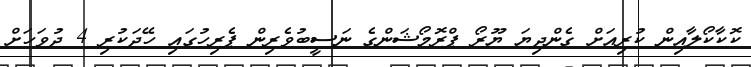
ކޮކާކޯލާއިން ކުރިއަށް ގެންދިޔަ ޔޫރޯ ޕްރޮމޯޝަންގެ ނަސީބުވެރިން ޕެރިހުގައި ހޭދަކުރި 4 ދުވަހަށް